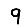
Digit: 9